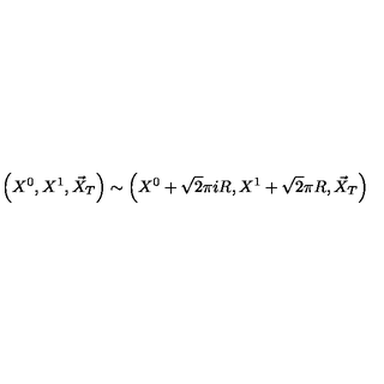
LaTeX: \left( X ^ { 0 } , X ^ { 1 } , \vec { X } _ { T } \right) \sim \left( X ^ { 0 } + \sqrt { 2 } \pi i R , X ^ { 1 } + \sqrt { 2 } \pi R , \vec { X } _ { T } \right)